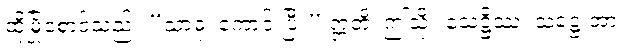
ထိုမြို့စောင့်သည်။ “သာဓု၊ ကောင်းပြီ။” ဣတိ၊ ဤသို့။ သေဋ္ဌိဿ၊ သဋ္ဌေးအား။